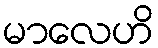
မာလေဟိ